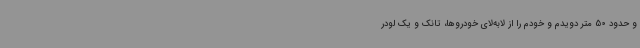
و حدود 50 متر دویدم و خودم را از لابه‌لای خودروها، تانک و یک لودر